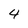
Character: 4